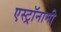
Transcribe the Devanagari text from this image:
एस्‍ट्रॉनामी